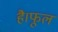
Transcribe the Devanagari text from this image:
है।फूल